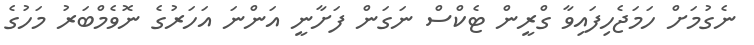
ނެގުމަށް ހަމަޖެހިފައިވާ ގްރީން ޓެކްސް ނަގަން ފަށާނީ އަންނަ އަހަރުގެ ނޮވެމްބަރު މަހުގެ